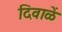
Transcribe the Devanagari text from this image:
दिवाळें